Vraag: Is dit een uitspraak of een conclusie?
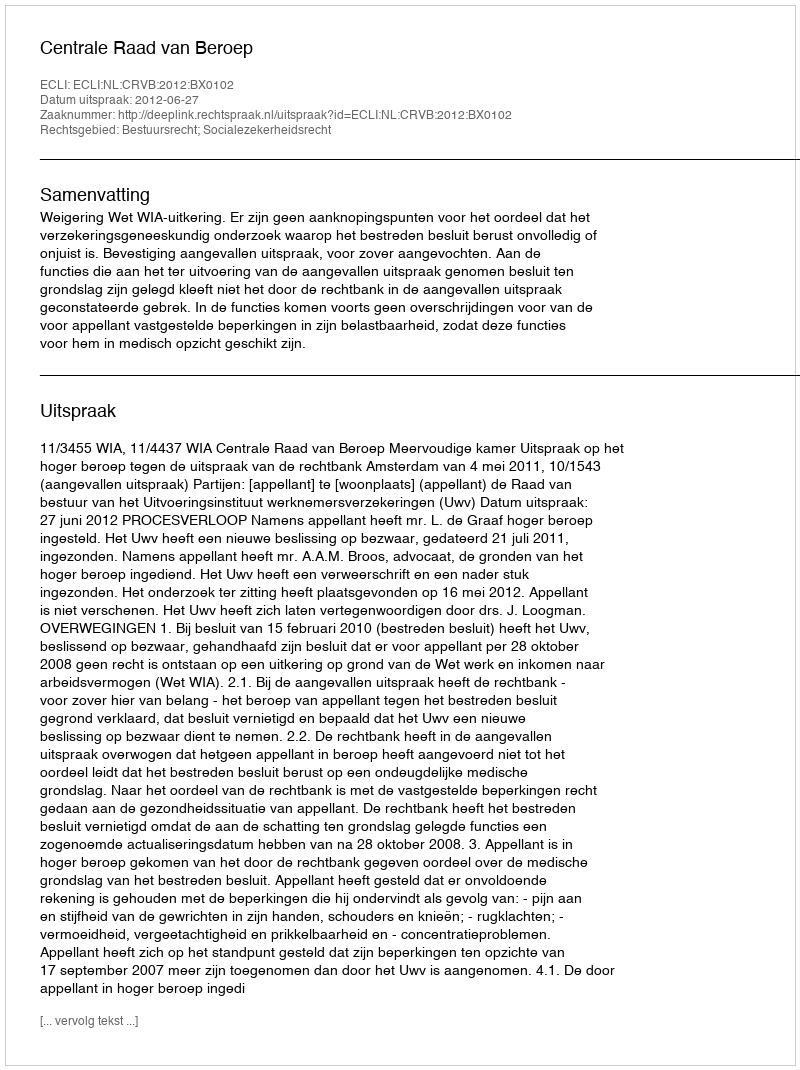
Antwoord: Uitspraak